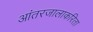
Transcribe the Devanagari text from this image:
आंतरजालाकरिता